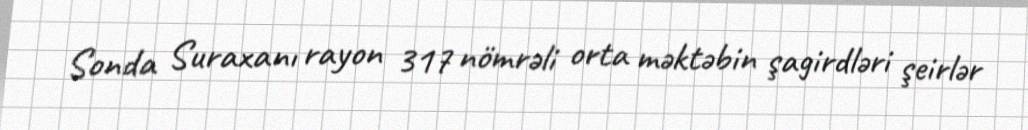
Sonda Suraxanı rayon 317 nömrəli orta məktəbin şagirdləri şeirlər